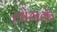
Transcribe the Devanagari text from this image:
लोगके